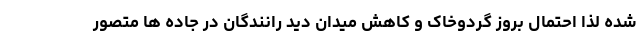
شده لذا احتمال بروز گردوخاک و کاهش میدان دید رانندگان در جاده ها متصور